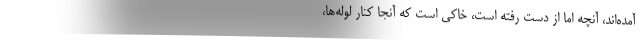
آمده‌اند، آنچه اما از دست رفته است، خاكي است كه آنجا كنار لوله‌ها،